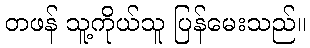
တဖန် သူ့ကိုယ်သူ ပြန်မေးသည်။